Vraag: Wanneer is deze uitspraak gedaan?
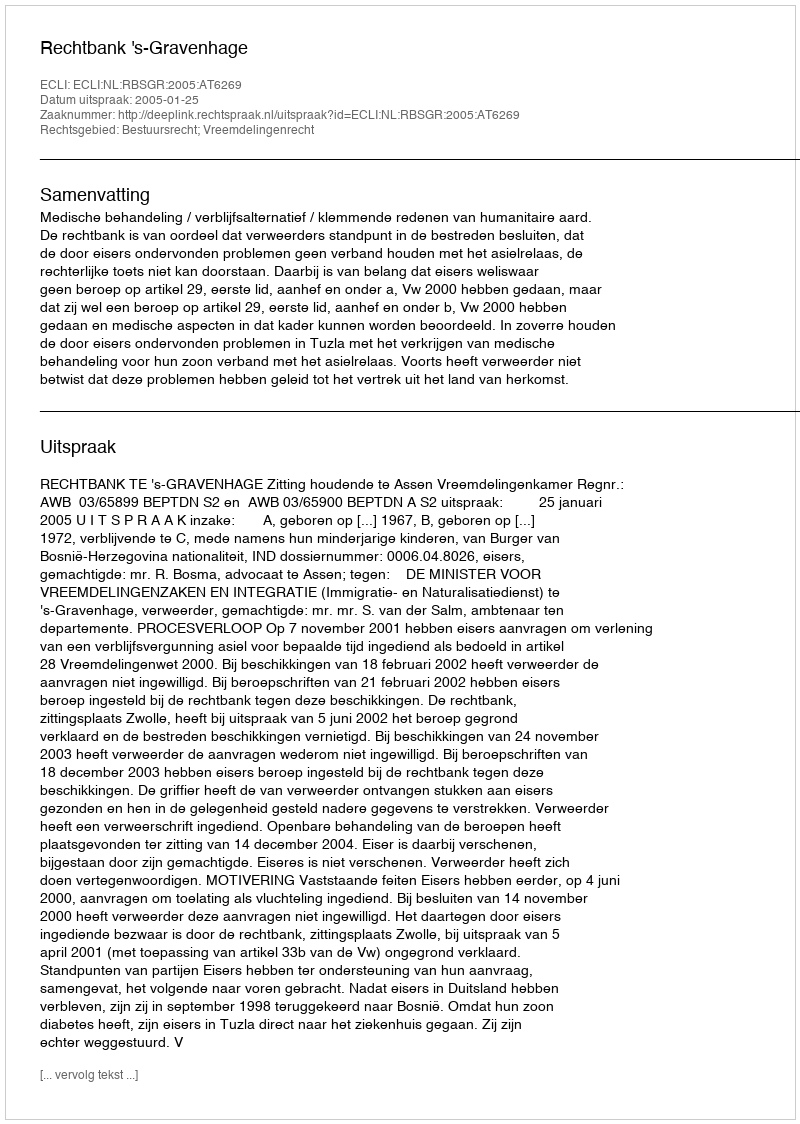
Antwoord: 2005-01-25